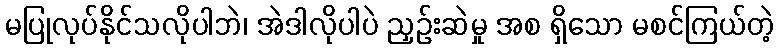
မပြုလုပ်နိုင်သလိုပါဘဲ၊ အဲဒါလိုပါပဲ ညှဉ်းဆဲမှု အစ ရှိသော မစင်ကြယ်တဲ့